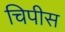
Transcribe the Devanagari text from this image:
चिपीस